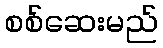
စစ်ဆေးမည်